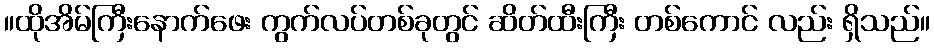
။ထိုအိမ်ကြီးနောက်ဖေး ကွက်လပ်တစ်ခုတွင် ဆိတ်ထီးကြီး တစ်ကောင် လည်း ရှိသည်။